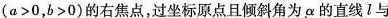
(a>0，b>0)的右焦点，过坐标原点且倾斜角为α的直线l